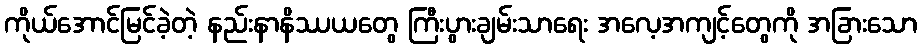
ကိုယ်အောင်မြင်ခဲ့တဲ့ နည်းနာနိဿယတွေ ကြီးပွားချမ်းသာရေး အလေ့အကျင့်တွေကို အခြားသော